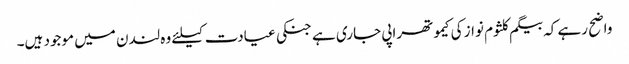
واضح رہے کہ بیگم کلثوم نواز کی کیموتھراپی جاری ہے جنکی عیادت کیلئے وہ لندن میں موجود ہیں۔